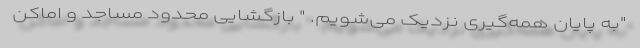
"به پایان همه‌گیری نزدیک می‌شویم. " بازگشایی محدود مساجد و اماکن